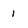
Character: 1